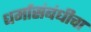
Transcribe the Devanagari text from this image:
धर्मासंबंधीचा